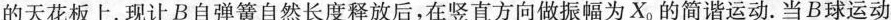
的天花板上。现让B自弹簧自然长度释放后，在竖直方向做振幅为Xo的简谐运动。当B球运动